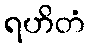
ရဟိတံ